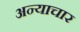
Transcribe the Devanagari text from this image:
अन्याचार